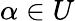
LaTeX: \alpha\in U